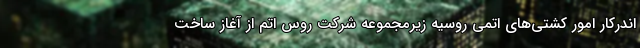
اندرکار امور کشتی‌های اتمی روسیه زیرمجموعه شرکت روس اتم از آغاز ساخت